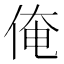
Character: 俺